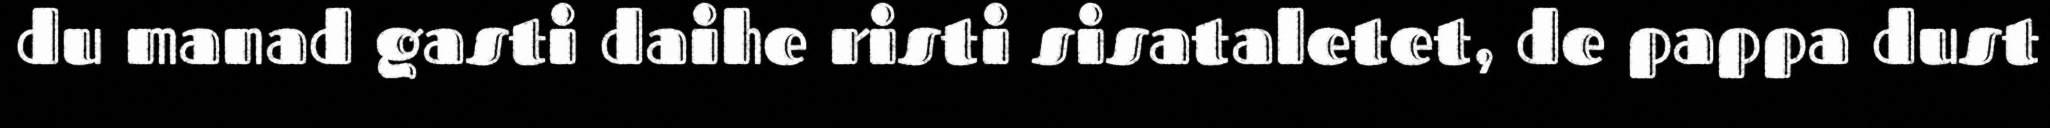
du manad gasti daihe risti sisataletet, de pappa dust